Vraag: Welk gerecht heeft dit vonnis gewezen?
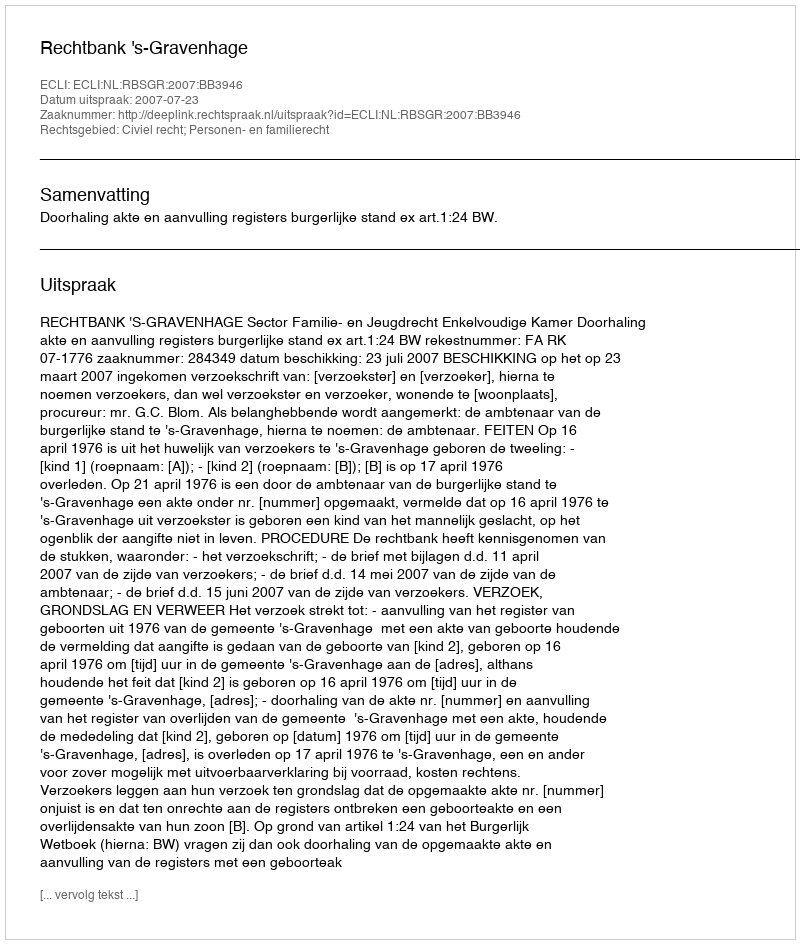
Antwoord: Rechtbank 's-Gravenhage